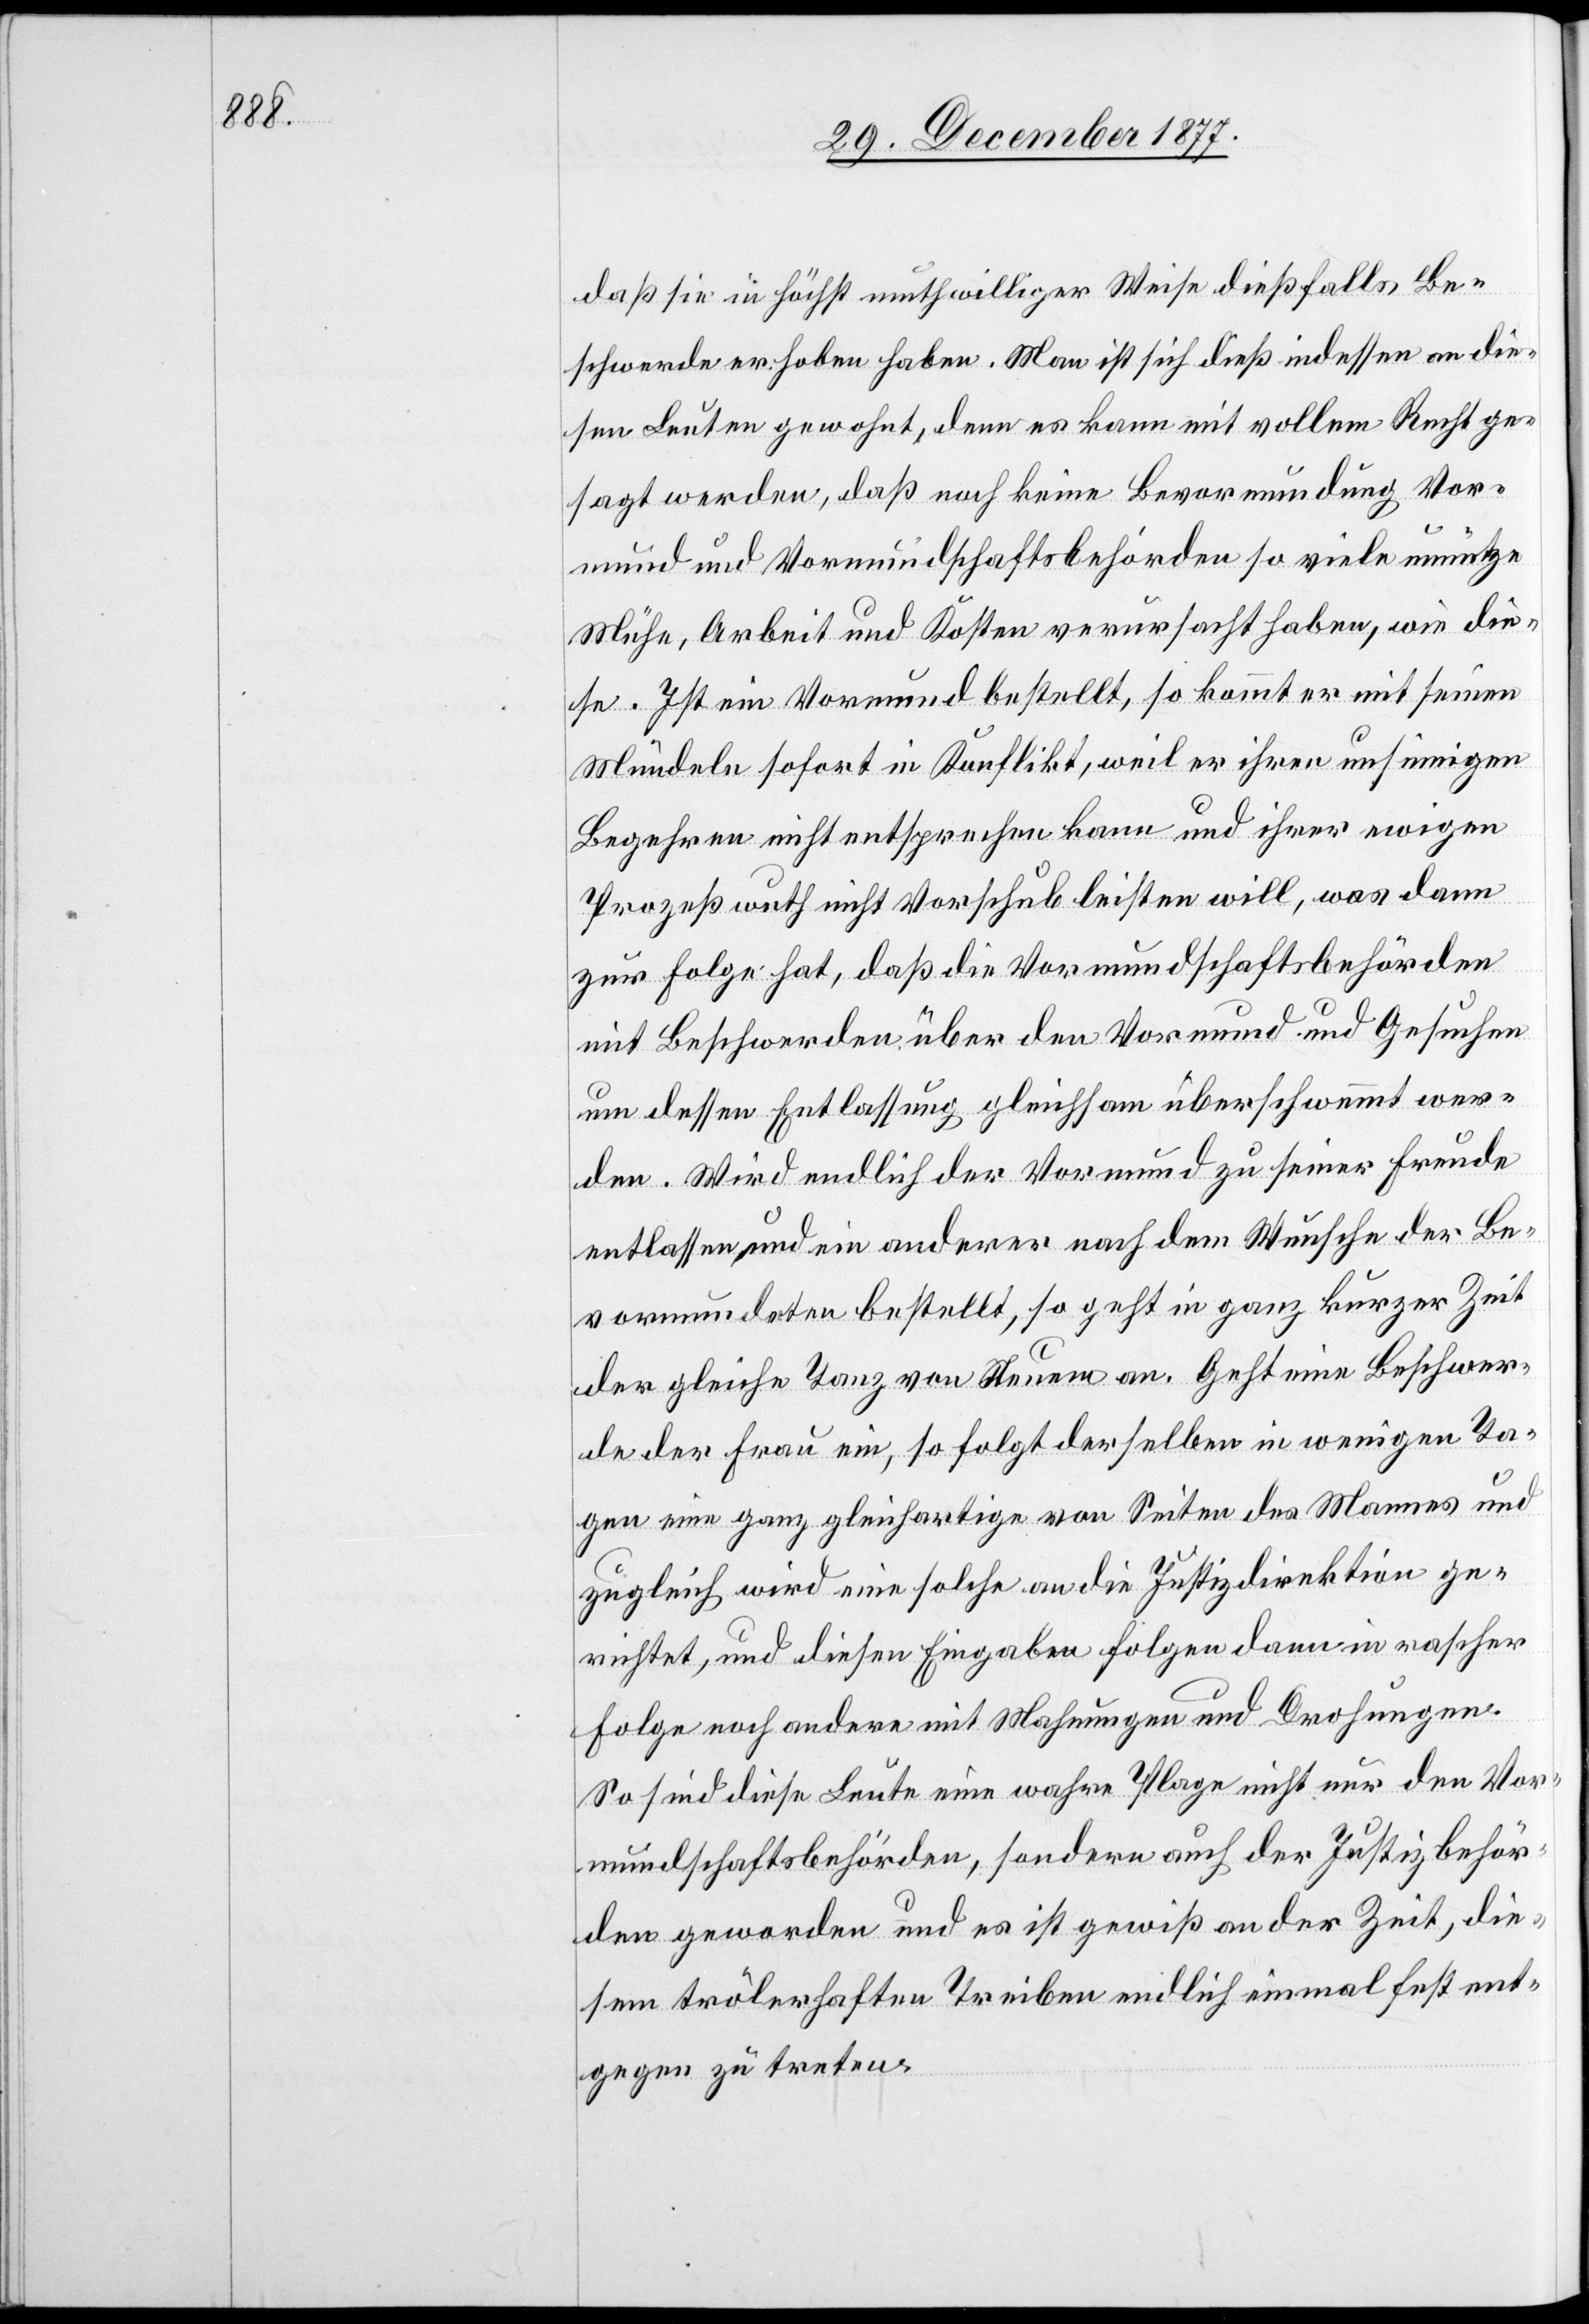
daß sie in höchst muthwilliger Weise dießfalls Be¬
schwerde erhoben haben. Man ist sich dieß indessen an die¬
sen Leuten gewohnt, denn es kann mit vollem Recht ge¬
sagt werden, daß noch keine Bevormundung Vor¬
mund und Vormundschaftsbehörden so viele unnütze
Mühe, Arbeit und Kosten verursacht haben, wie die¬
se. Ist ein Vormund bestellt, so kommt er mit seinen
Mündeln sofort in Konflikt, weil er ihren unsinnigen
Begehren nicht entsprechen kann und ihrer ewigen
Prozeßwuth nicht Vorschub leisten will, was dann
zur Folge hat, daß die Vormundschaftsbehörden
mit Beschwerden über den Vormund und Gesuchen
um dessen Entlassung gleichsam überschwemmt wer¬
den. Wird endlich der Vormund zu seiner Freude
entlassen, und ein anderer nach dem Wunsche der Be¬
vormundeten bestellt, so geht in ganz kurzer Zeit
der gleiche Tanz von Neuem an. Geht eine Beschwer¬
de der Frau ein, so folgt derselben in wenigen Ta¬
gen eine ganz gleichartige von Seiten des Mannes und
zugleich wird eine solche an die Justizdirektion ge¬
richtet, und diesen Eingaben folgen dann in rascher
Folge noch andere mit Mahnungen und Drohungen.
So sind diese Leute eine wahre Plage nicht nur den Vor¬
mundschaftsbehörden, sondern auch der Justizbehör¬
den geworden und es ist gewiß an der Zeit, die¬
sem trölerhaften Treiben endlich einmal fest ent¬
gegen zu treten.